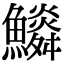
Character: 𩼩